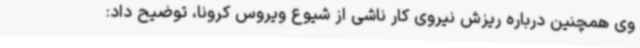
وی همچنین درباره ریزش نیروی کار ناشی از شیوع ویروس کرونا، توضیح داد: